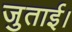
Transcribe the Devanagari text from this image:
जुताई।